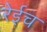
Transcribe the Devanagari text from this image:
रेईच